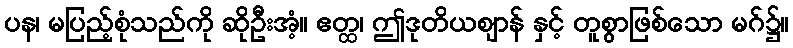
ပန၊ မပြည့်စုံသည်ကို ဆိုဦးအံ့။ ဧတ္ထ၊ ဤဒုတိယဈာန် နှင့် တူစွာဖြစ်သော မဂ်၌။